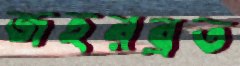
জহরব্রত